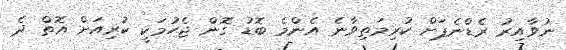
ނުވާއިރު ރެޑްނެޕަށް ކުރިމަތިވާނެ އެންމެ ބޮޑު ގޮން ޖެހުމަކީ ކުރިއަށް އޮތް ދެ